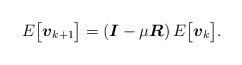
LaTeX: \begin{align*}E \big[ \boldsymbol{v}_{k+1} \big] = \left( \boldsymbol{I} - \mu\boldsymbol{R} \right) E \big[ \boldsymbol{v}_k \big].\end{align*}